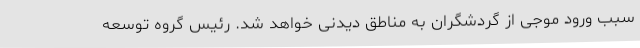
سبب ورود موجی از گردشگران به مناطق دیدنی خواهد شد. رئیس گروه توسعه